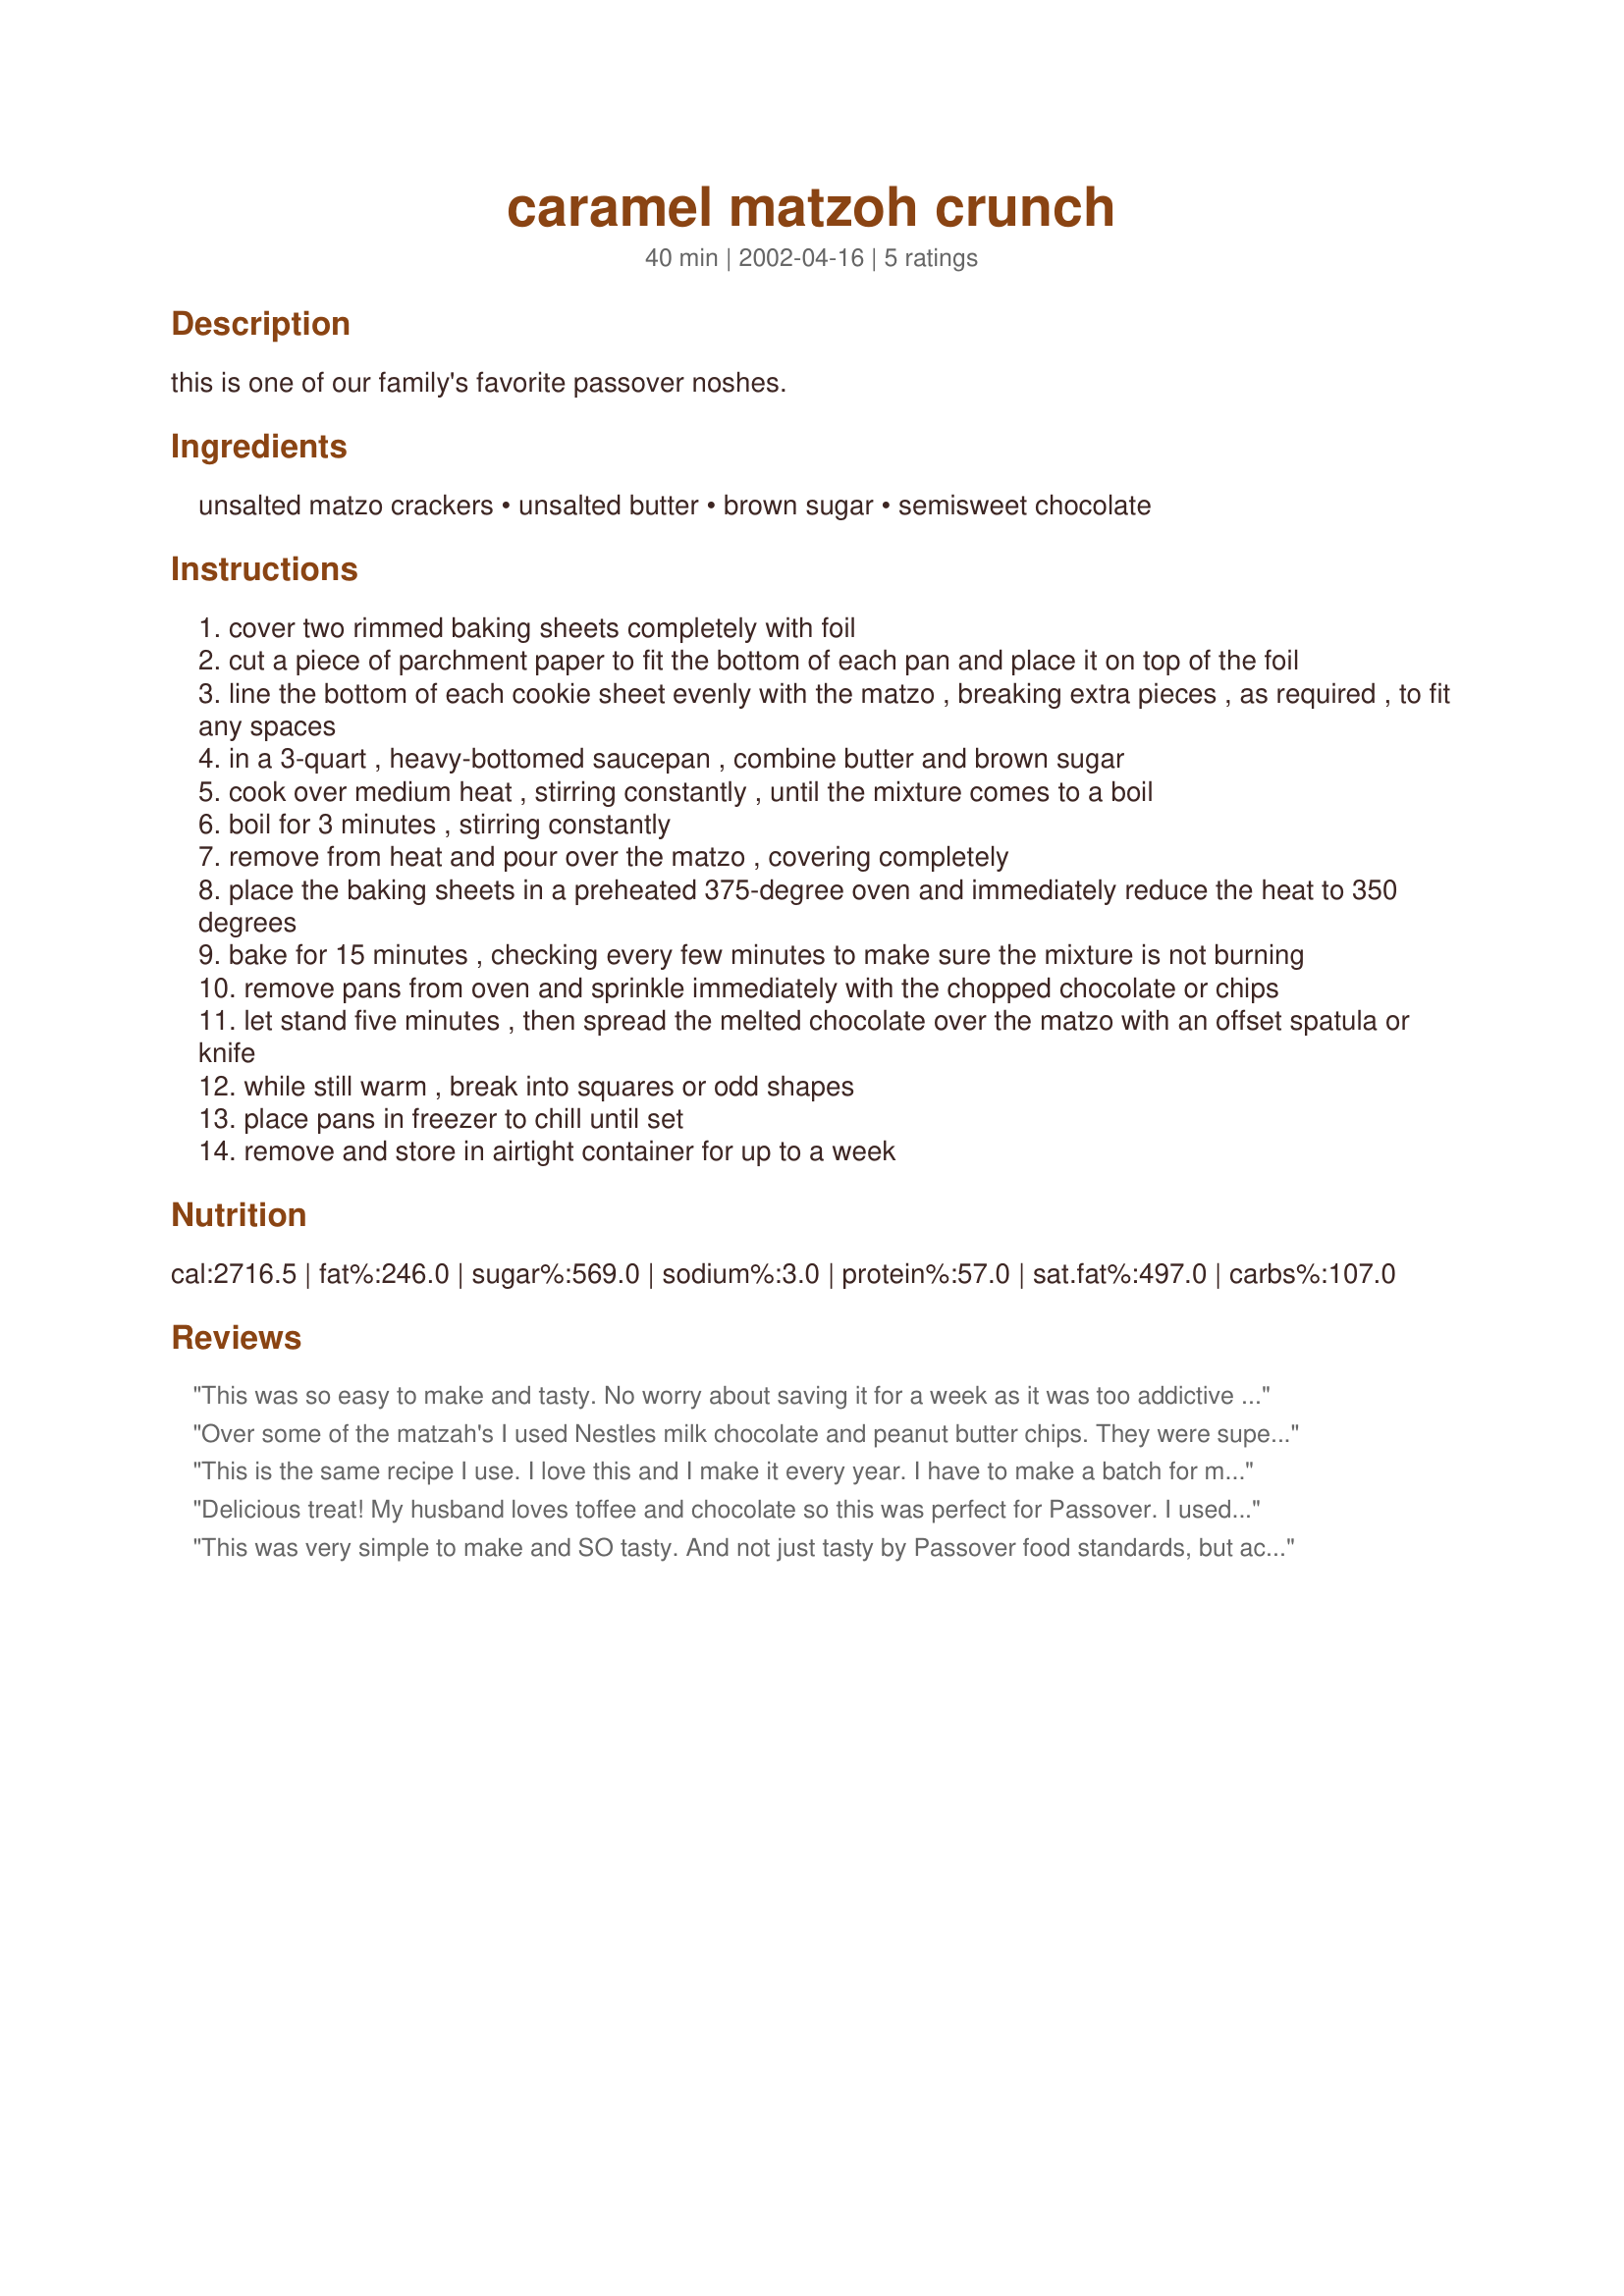
caramel matzoh crunch
Preparation time: 40 minutes

this is one of our family's favorite passover noshes.

Ingredients:
unsalted matzo crackers, unsalted butter, brown sugar, semisweet chocolate

Steps:
cover two rimmed baking sheets completely with foil
cut a piece of parchment paper to fit the bottom of each pan and place it on top of the foil
line the bottom of each cookie sheet evenly with the matzo , breaking extra pieces , as required , to fit any spaces
in a 3-quart , heavy-bottomed saucepan , combine butter and brown sugar
cook over medium heat , stirring constantly , until the mixture comes to a boil
boil for 3 minutes , stirring constantly
remove from heat and pour over the matzo , covering completely
place the baking sheets in a preheated 375-degree oven and immediately reduce the heat to 350 degrees
bake for 15 minutes , checking every few minutes to make sure the mixture is not burning
remove pans from oven and sprinkle immediately with the chopped chocolate or chips
let stand five minutes , then spread the melted chocolate over the matzo with an offset spatula or knife
while still warm , break into squares or odd shapes
place pans in freezer to chill until set
remove and store in airtight container for up to a week

Reviews:
This was so easy to make and tasty. No worry about saving it for a week as it was too addictive to hang around that long. It was almost all gone within days. I know this will be made next Passover. The directions were very easy to follow and the heads up about cooking too long is appreciated. I used jellyroll pans and maybe could have used a bit more of the caramel mixture but did just fine with what I had. I used a pizza cutter to cut it into pieces while still warm. It was a lot easier than doing it by hand and a lot less messy.
Over some of the matzah's I used Nestles milk chocolate and peanut butter chips. They were super! Will make again next year.
This is the same recipe I use. I love this and I make it every year. I have to make a batch for my parents as well 'cause they love it too.
Delicious treat! My husband loves toffee and chocolate so this was perfect for Passover. I used Tam Tam Crackers (about 10 oz.) and 8 oz. of chocolate chips. The crackers were great because I didn't have to break anything apart. Next time I will limit the time to less than 15 minutes of cooking. The tops of the crackers looked fine but the underside of some of the crackers got a little too cooked.
This was very simple to make and SO tasty. And not just tasty by Passover food standards, but actually delicious. Am planning to make several batches and bring some as a hostess gift for a dinner we are attending.
